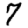
Digit: 7